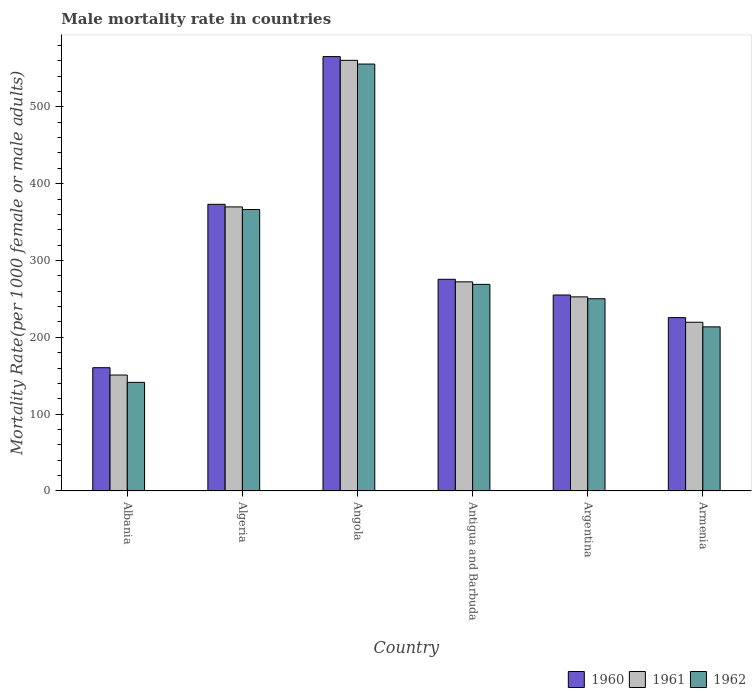
| Country | 1960 | 1961 | 1962 |
 | --- | --- | --- | --- |
 | Albania | 160 | 151 | 141 |
 | Algeria | 373 | 370 | 366 |
 | Angola | 565 | 561 | 556 |
 | Antigua and Barbuda | 276 | 272 | 269 |
 | Argentina | 255 | 253 | 250 |
 | Armenia | 226 | 220 | 214 |